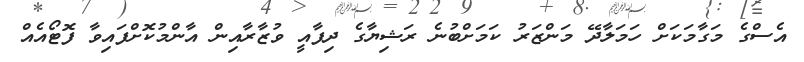
އެސްގެ މަގާމަކަށް ހަމަލާދޭ މަންޒަރު ކަމަށްބުނެ ރަޝިޔާގެ ދިފާއީ ވުޒާރާއިން އާންމުކޮށްފައިވާ ފޮޓޯއެއް